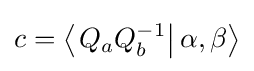
c=\left\langle \left.Q_{a}Q_{b}^{-1}\right|\alpha ,\beta \right\rangle